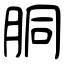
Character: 胴